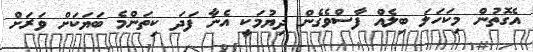
އެގޮތުން މިކަހަލަ ބިލެއް ފާސްވެގެން ދިޔުމަކީ އެނާ ފަދަ ކިތަންމެ ބަޔަކަށް ވަރަށް